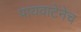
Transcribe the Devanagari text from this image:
पायवाटेनेच